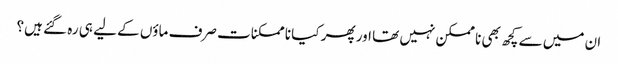
ان میں سے کچھ بھی نا ممکن نہیں تھا اور پھر کیا نا ممکنات صرف ماؤں کے لیے ہی رہ گئے ہیں؟